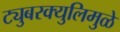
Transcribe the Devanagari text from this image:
ट्युबरक्युलिमुळे